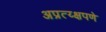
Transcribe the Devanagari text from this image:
अप्रत्य्क्षपणे